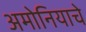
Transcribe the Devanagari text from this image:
अमोनियाचे